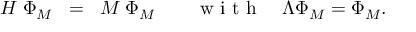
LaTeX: { \cal H } \; \Phi _ { M } \; \; = \; \; M \; \Phi _ { M } \quad \quad \textrm { w i t h } \quad \Lambda \Phi _ { M } = \Phi _ { M } .